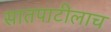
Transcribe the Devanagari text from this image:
सातपाटीलाच